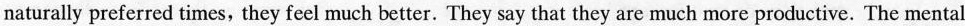
naturally preferred times, they feel much better. They say that they are much more productive. The mental